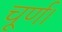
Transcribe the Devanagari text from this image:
चूर्ण।